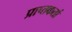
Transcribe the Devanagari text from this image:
प्राप्‍तकर्ता